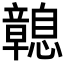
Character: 𢥔